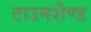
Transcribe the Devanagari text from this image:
टाउनशैण्ड